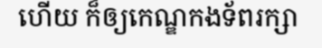
ហើយ ក៏ឲ្យកេណ្ឌកងទ័ពរក្សា